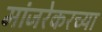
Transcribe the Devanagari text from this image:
मांजरेकरच्या